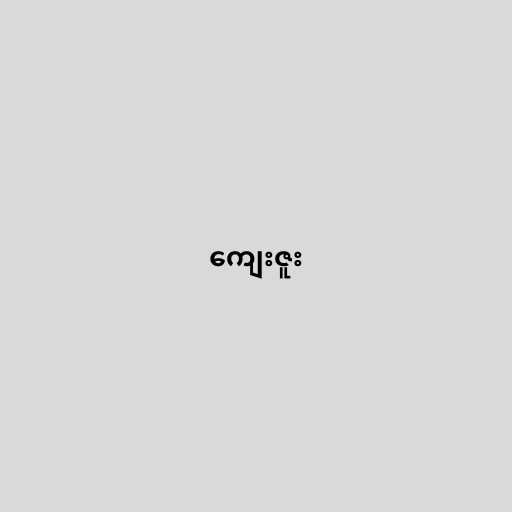
ကျေးဇူး